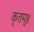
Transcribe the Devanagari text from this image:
कृतम्॥